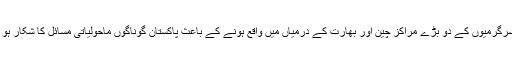
صنعتی سرگرمیوں کے دو بڑے مراکز چین اور بھارت کے درمیاں میں واقع ہونے کے باعث پاکستان گوناگوں ماحولیاتی مسائل کا شکار ہو چکا ہے۔